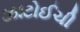
ઝાટોઈચી